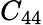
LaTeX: C_{44}